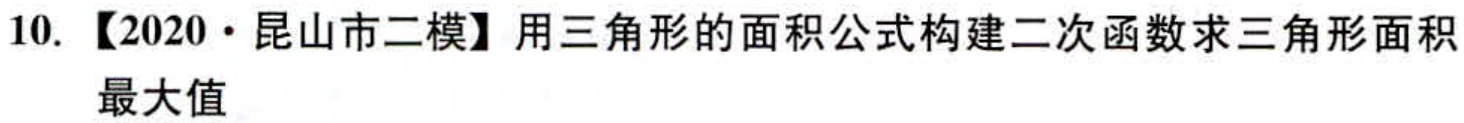
10. 【2020·昆山市二模】用三角形的面积公式构建二次函数求三角形面积最大值